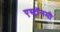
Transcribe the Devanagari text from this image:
एस्‍ट्रॉनमी